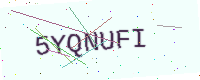
Text: 5YQNUFI